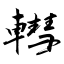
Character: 轊